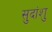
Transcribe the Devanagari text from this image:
सुदांशु